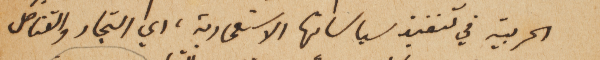
الحربية في تنفيذ سياساتها الاستعمارية، اي التجار والقناصل